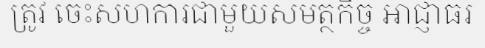
ត្រូវ ចេះសហការជាមួយសមត្ថកិច្ច អាជ្ញាធរ